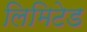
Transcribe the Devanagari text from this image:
लिमिटेड